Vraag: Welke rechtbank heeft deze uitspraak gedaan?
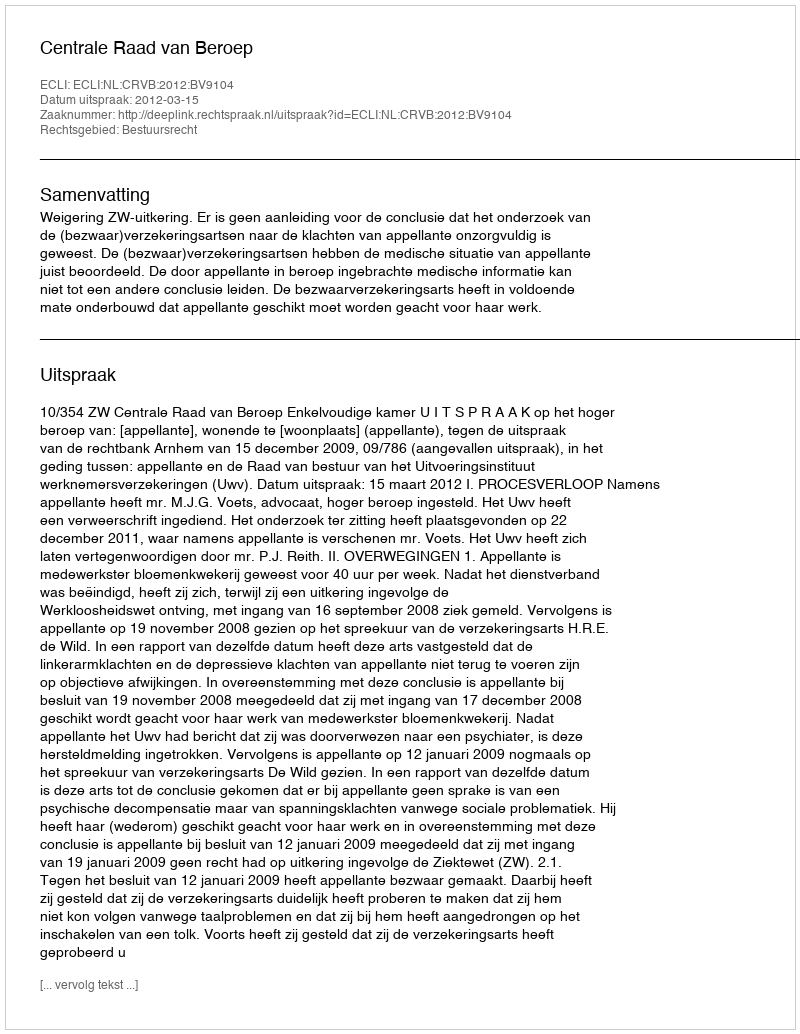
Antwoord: Centrale Raad van Beroep